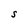
Character: S